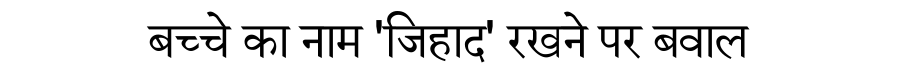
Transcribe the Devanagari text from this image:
बच्चे का नाम 'जिहाद' रखने पर बवाल